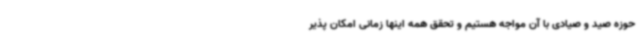
حوزه صید و صیادی با آن مواجه هستیم و تحقق همه اینها زمانی امکان پذیر